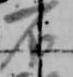
不